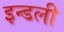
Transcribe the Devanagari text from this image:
इन्डली